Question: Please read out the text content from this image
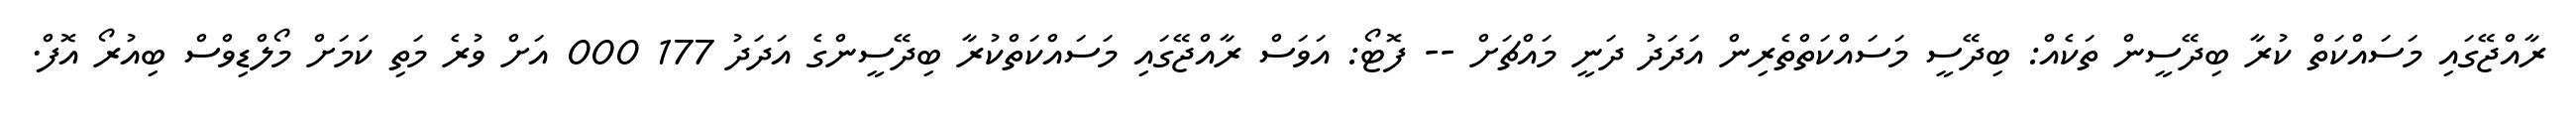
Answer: ރާއްޖޭގައި މަސައްކަތް ކުރާ ބިދޭސީން ތަކެއް: ބިދޭސީ މަސައްކަތްތެރިން އަދަދު ދަނީ މައްޗަށް -- ފޮޓޯ: އަވަސް ރާއްޖޭގައި މަސައްކަތްކުރާ ބިދޭސީންގެ އަދަދު 177 000 އަށް ވުރެ މަތި ކަމަށް މޯލްޑިވްސް ބިއުރޯ އޮފް.